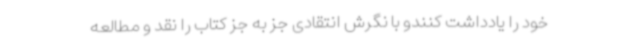
خود را یادداشت کنندو با نگرش انتقادی جز به جز کتاب را نقد و مطالعه